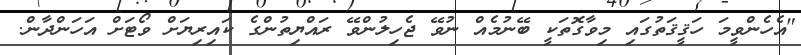
"އެހެންވީމަ ހަޤީޤަތުގައި މިވާގޮތަކީ ބޭނުމެއް ނުވޭ ޖެހިލުންވޭ ރައްޔިތުންގެ ކައިރިޔަށް ވޯޓަށް އަހަންދާން.